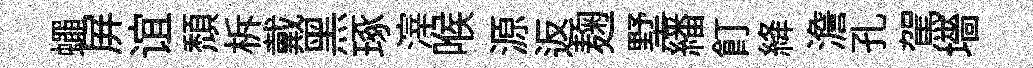
蠅屛谊頽柝戴黑琢滓喉源返麹墅繙飣絳澹孔駕墻